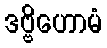
ဒဗ္ဗိဟောမံ